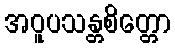
အဝူပသန္တစိတ္တော